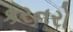
કરનરો